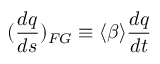
( \frac { d q } { d s } ) _ { F G } \equiv \langle \beta \rangle \frac { d q } { d t }